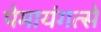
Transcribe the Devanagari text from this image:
पेमायंगत्से